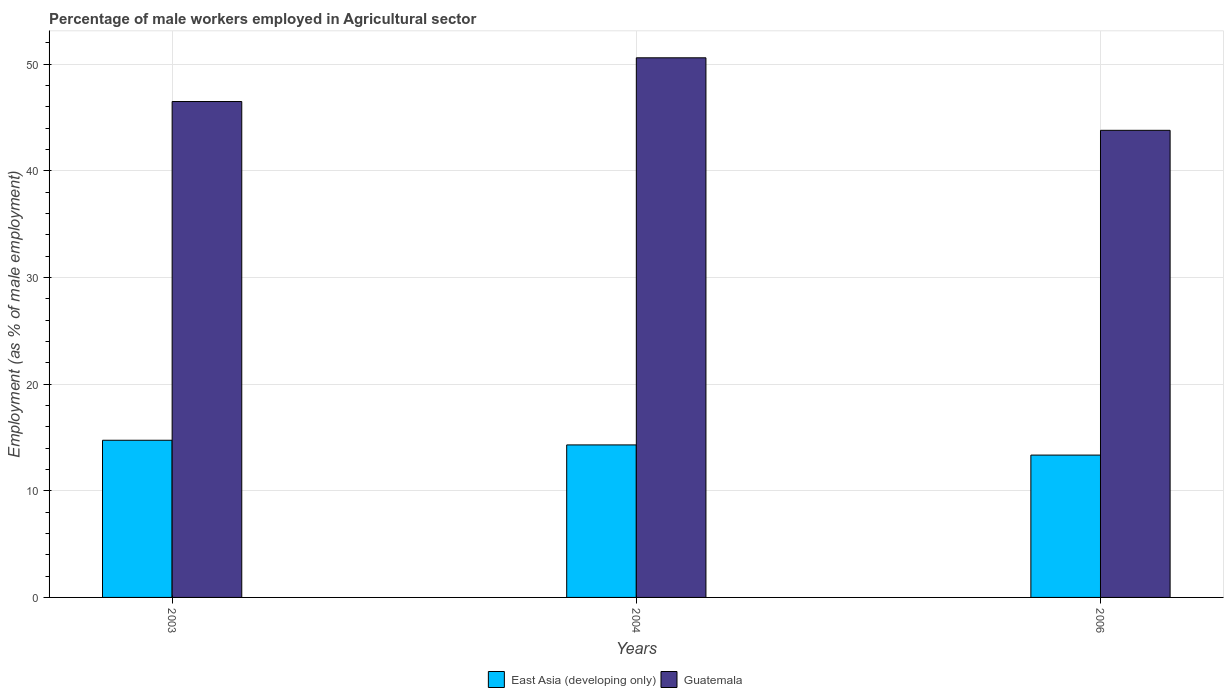
| Years | East Asia (developing only) | Guatemala |
 | --- | --- | --- |
 | 2003 | 14.7 | 46.5 |
 | 2004 | 14.3 | 50.6 |
 | 2006 | 13.3 | 43.8 |